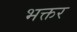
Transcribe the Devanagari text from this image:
भक्तर